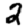
Digit: 2